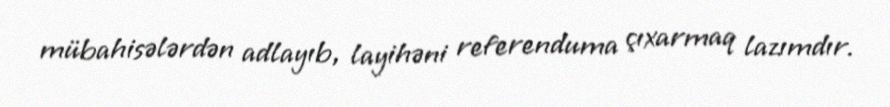
mübahisələrdən adlayıb, layihəni referenduma çıxarmaq lazımdır.